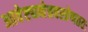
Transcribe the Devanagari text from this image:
आवेष्ट्यनेत्रवस्त्रेणततः